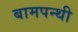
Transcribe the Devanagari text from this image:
बामपन्थी